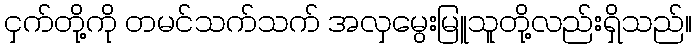
ငှက်တို့ကို တမင်သက်သက် အလှမွေးမြူသူတို့လည်းရှိသည်။